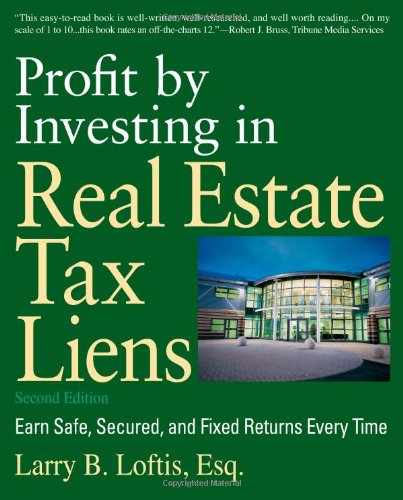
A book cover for Profit by Investing in Real Estate Tax Liens: Earn Safe, Secured, and Fixed Returns Every Time; Larry B. Loftis; Business & Money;